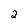
Character: 2